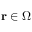
\mathbf { r } \in \Omega